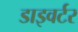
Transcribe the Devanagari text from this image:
डाइवर्टर